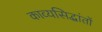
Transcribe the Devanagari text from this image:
काव्यसिद्धांतों